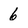
Character: 6